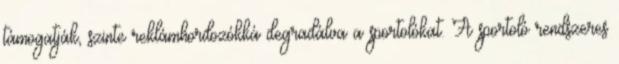
támogatják, szinte reklámhordozókká degradálva a sportolókat. A sportoló rendszeres